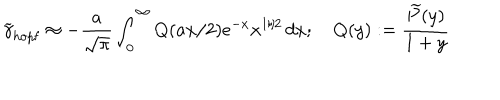
LaTeX: \widetilde \gamma _ { \mathrm { h o p f } } \approx - \frac { a } { \sqrt { \pi } } \int _ { 0 } ^ { \infty } Q ( a x / 2 ) e ^ { - x } x ^ { 1 / 2 } \, d x ; \quad Q ( y ) : = \frac { \widetilde { P } ( y ) } { 1 + y }